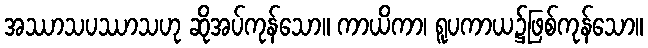
အဿာသပဿာသဟု ဆိုအပ်ကုန်သော။ ကာယိကာ၊ ရူပကာယ၌ဖြစ်ကုန်သော။